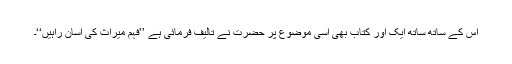
اس کے ساتھ ساتھ ایک اور کتاب بھی اسی موضوع پر حضرت نے تالیف فرمائی ہے ’’فہم میراث کی آسان راہیں‘‘۔